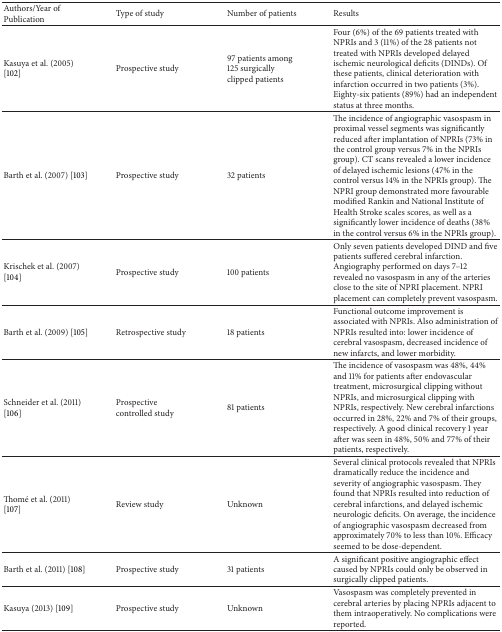
<table><thead><tr><td><b>Authors/Year of Publication</b></td><td><b>Type of study</b></td><td><b>Number of patients</b></td><td><b>Results</b></td></tr></thead><tbody><tr><td>Kasuya et al. (2005) [102]</td><td>Prospective study</td><td>97 patients among 125 surgically clipped patients</td><td>Four (6%) of the 69 patients treated with NPRIs and 3 (11%) of the 28 patients not treated with NPRIs developed delayed ischemic neurological deficits (DINDs). Of these patients, clinical deterioration with infarction occurred in two patients (3%). Eighty-six patients (89%) had an independent status at three months. </td></tr><tr><td>Barth et al. (2007) [103]</td><td>Prospective study</td><td>32 patients</td><td>The incidence of angiographic vasospasm in proximal vessel segments was significantly reduced after implantation of NPRIs (73% in the control group versus 7% in the NPRIs group). CT scans revealed a lower incidence of delayed ischemic lesions (47% in the control versus 14% in the NPRIs group). The NPRI group demonstrated more favourable modified Rankin and National Institute of Health Stroke scales scores, as well as a significantly lower incidence of deaths (38% in the control versus 6% in the NPRIs group). </td></tr><tr><td>Krischek et al. (2007) [104]</td><td>Prospective study</td><td>100 patients</td><td>Only seven patients developed DIND and five patients suffered cerebral infarction. Angiography performed on days 7–12 revealed no vasospasm in any of the arteries close to the site of NPRI placement. NPRI placement can completely prevent vasospasm. </td></tr><tr><td>Barth et al. (2009) [105]</td><td>Retrospective study</td><td>18 patients</td><td>Functional outcome improvement is associated with NPRIs. Also administration of NPRIs resulted into: lower incidence of cerebral vasospasm, decreased incidence of new infarcts, and lower morbidity. </td></tr><tr><td>Schneider et al. (2011) [106]</td><td>Prospective controlled study</td><td>81 patients</td><td>The incidence of vasospasm was 48%, 44% and 11% for patients after endovascular treatment, microsurgical clipping without NPRIs, and microsurgical clipping with NPRIs, respectively. New cerebral infarctions occurred in 28%, 22% and 7% of their groups, respectively. A good clinical recovery 1 year after was seen in 48%, 50% and 77% of their patients, respectively. </td></tr><tr><td>Thomé et al. (2011) [107]</td><td>Review study</td><td>Unknown</td><td>Several clinical protocols revealed that NPRIs dramatically reduce the incidence and severity of angiographic vasospasm. They found that NPRIs resulted into reduction of cerebral infarctions, and delayed ischemic neurologic deficits. On average, the incidence of angiographic vasospasm decreased from approximately 70% to less than 10%. Efficacy seemed to be dose-dependent. </td></tr><tr><td>Barth et al. (2011) [108]</td><td>Prospective study</td><td>31 patients</td><td>A significant positive angiographic effect caused by NPRIs could only be observed in surgically clipped patients. </td></tr><tr><td>Kasuya (2013) [109]</td><td>Prospective study</td><td>Unknown</td><td>Vasospasm was completely prevented in cerebral arteries by placing NPRIs adjacent to them intraoperatively. No complications were reported.</td></tr></tbody></table>